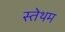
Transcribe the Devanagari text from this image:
स्तेथम